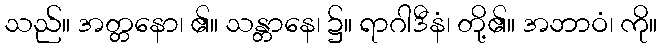
သည်။ အတ္တနော၊ ၏။ သန္တာနေ၊ ၌။ ရာဂါဒီနံ၊ တို့၏။ အဘာဝံ၊ ကို။